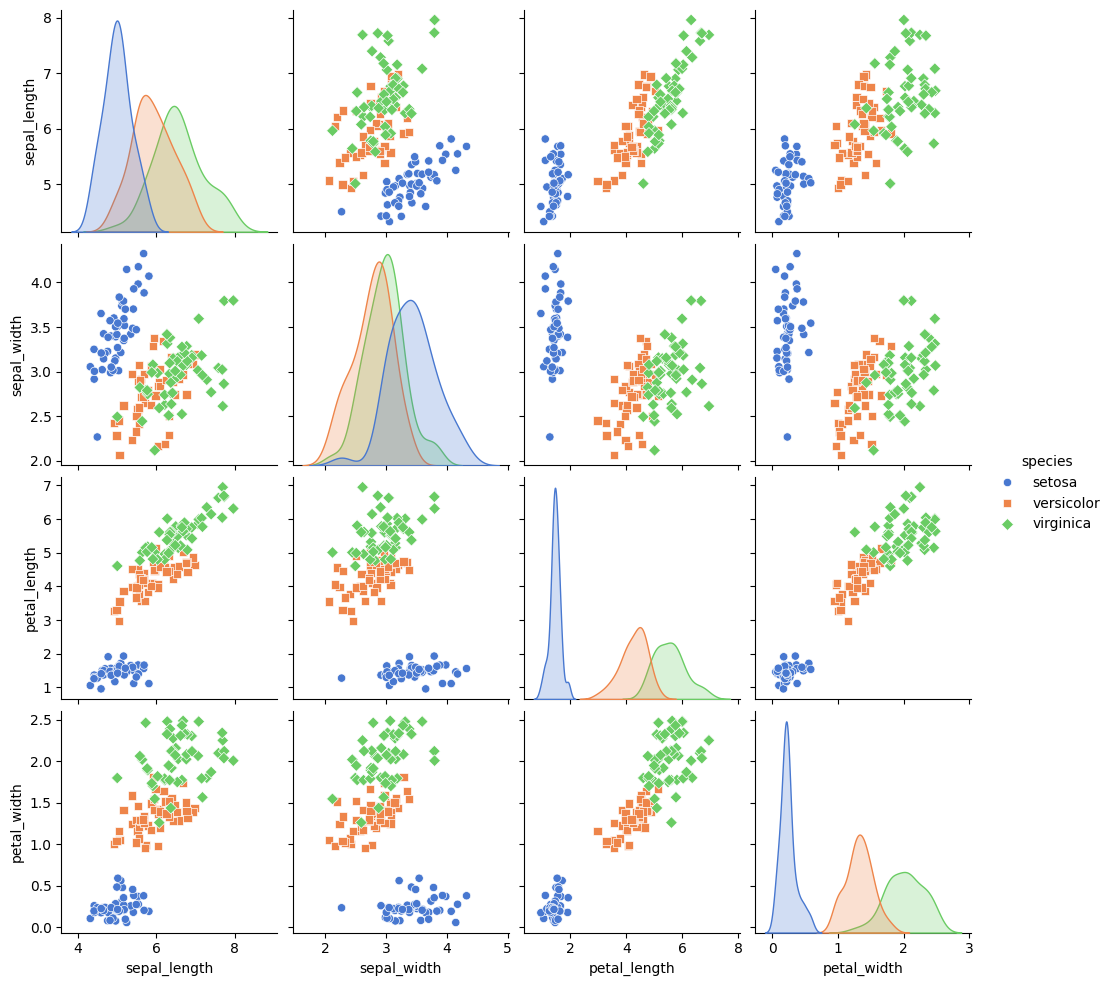
python, seaborn, pairplot, palette='muted', markers=['o', 's', 'D'], kind='scatter', diag_kind='kde'